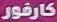
كارفور